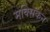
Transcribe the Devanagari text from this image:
मक्सिकन